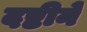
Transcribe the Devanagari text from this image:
दष्टीने